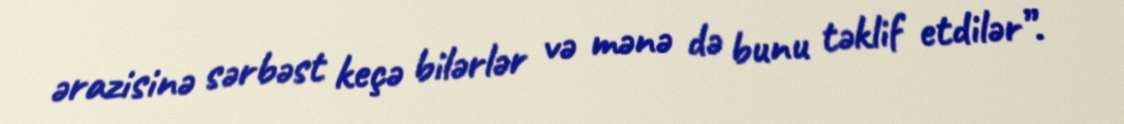
ərazisinə sərbəst keçə bilərlər və mənə də bunu təklif etdilər”.